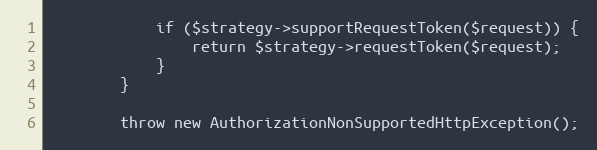
Language: PHP
            if ($strategy->supportRequestToken($request)) {
                return $strategy->requestToken($request);
            }
        }

        throw new AuthorizationNonSupportedHttpException();